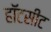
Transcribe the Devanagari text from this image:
हॉटसीट